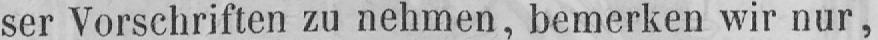
ser Vorschriften zu nehmen, bemerken wir nur,